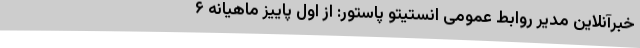
خبرآنلاین مدیر روابط عمومی انستیتو پاستور: از اول پاییز ماهیانه ۶